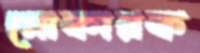
মোকারক